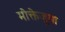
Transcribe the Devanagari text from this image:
मोक्तेजुमा